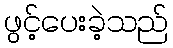
ဖွင့်ပေးခဲ့သည်